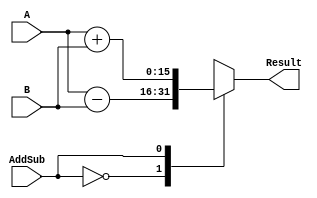
`timescale 1ns / 1ps
//////////////////////////////////////////////////////////////////////////////////
// Company: 
// Engineer: 
// 
// Design Name: 
// Module Name: ALU
// Project Name: 
// Target Devices: 
// Tool Versions: 
// Description: 
// 
// Dependencies: 
// 
// Revision:
// Revision 0.01 - File Created
// Additional Comments:
// 
//////////////////////////////////////////////////////////////////////////////////


module ALU
    (
        input [15:0] A,B,
        input AddSub,
        output reg [15:0] Result
    );

    always @(*) 
    begin
        case (AddSub)
            0:Result=A-B;
            1:Result=A+B; 
            default:Result=A; 
        endcase    
    end
endmodule